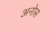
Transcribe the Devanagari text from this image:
अनोस